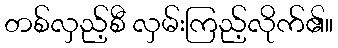
တစ်လှည့်စီ လှမ်းကြည့်လိုက်၏။